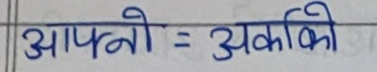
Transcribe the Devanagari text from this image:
आफ्नो=अकांकि